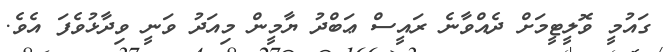
ގައުމީ ވޮލީޓީމަށް ދެއްވާނެ ރައީސް ޢަބްދު ޔާމީން މިއަދު ވަނީ ވިދާޅުވެފަ އެވެ.